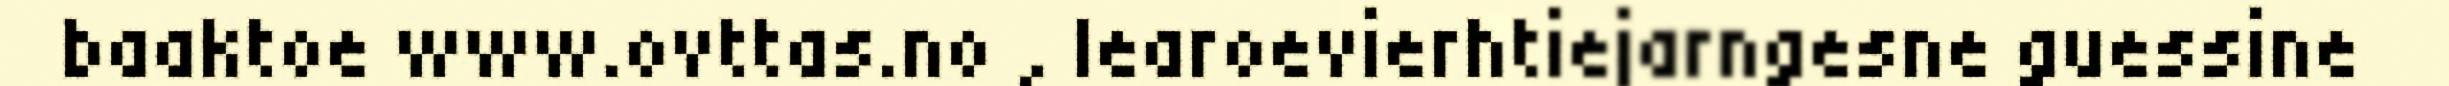
baaktoe www.ovttas.no , learoevierhtiejarngesne guessine